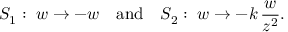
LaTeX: S _ { 1 } : \; w \to - w \quad \mathrm { a n d } \quad S _ { 2 } : \; w \to - k \, { \frac { w } { z ^ { 2 } } } .